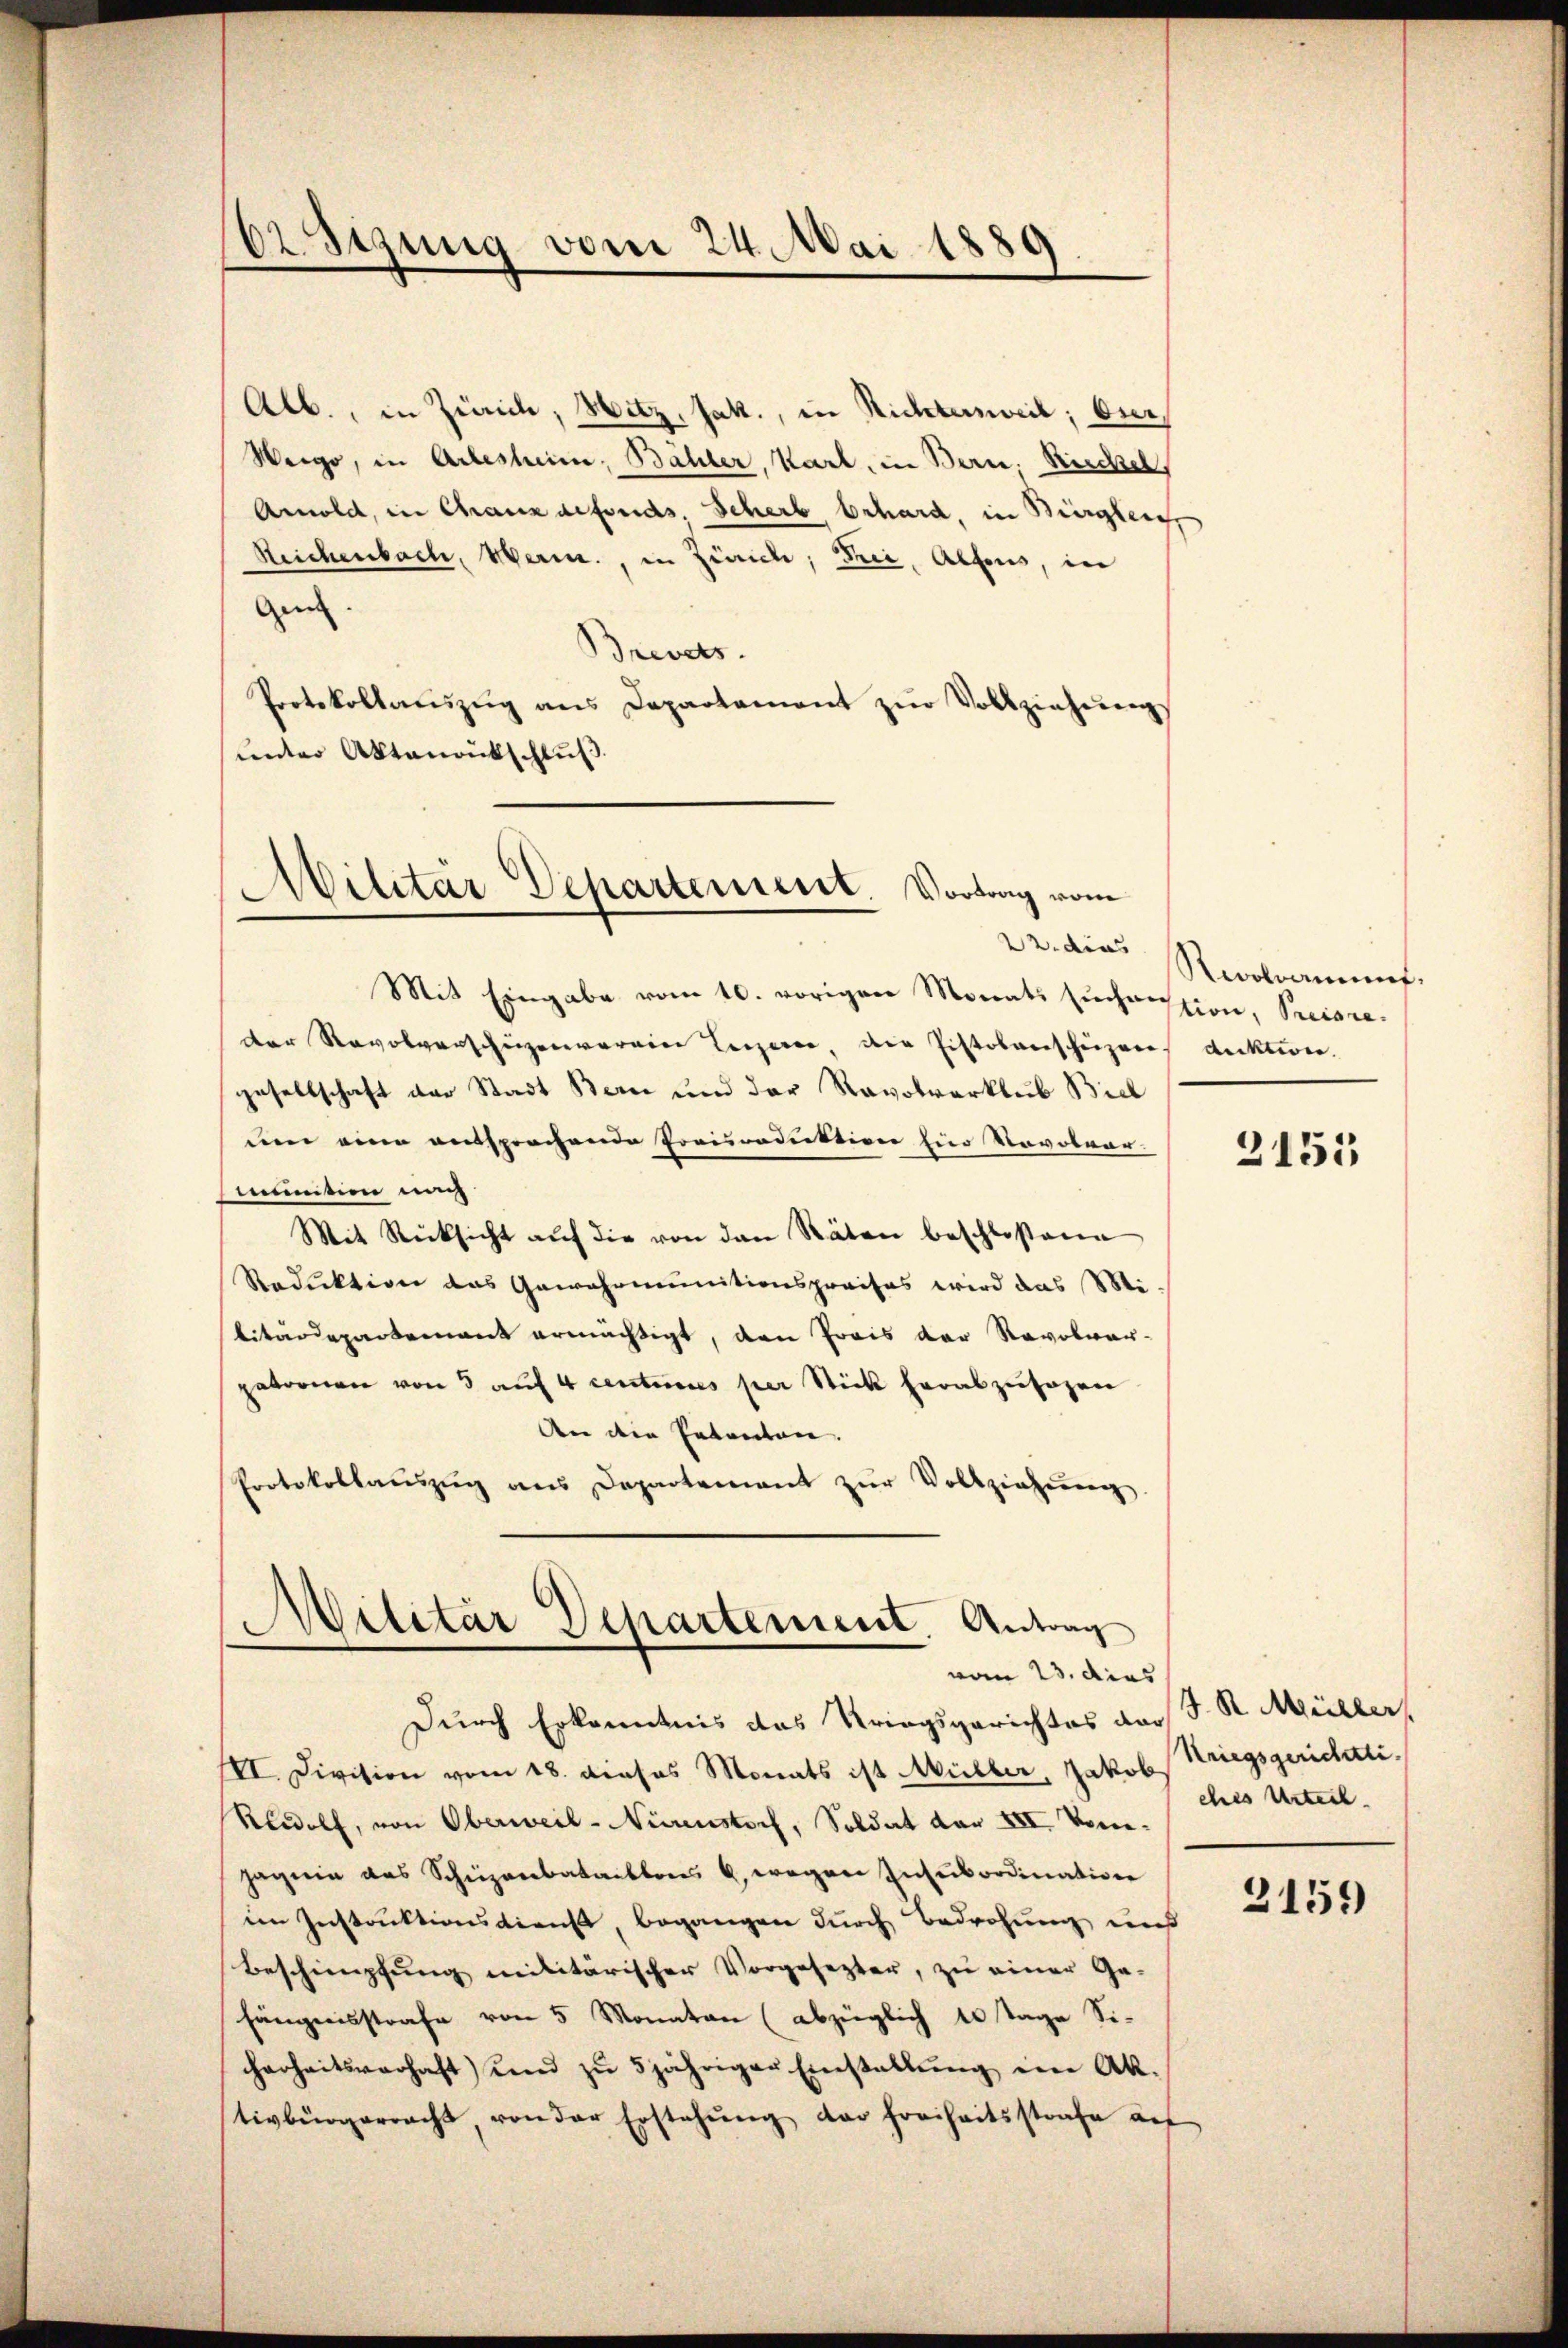
orschung vom 24. Mai 1889

Alb., in Zürich, Witz, Jak., in Richtersweil; Oser,
Weige, in Arlesheim, Bähler, Karl, in Bern, Riechel,
Amold, in Chaux defonds, Scherb behard, in Bürgler,
Reichenbach, Marin, in Zürich, Frei, Alfons, in
Gen. |
Brevets.
Protokollaŭszŭg ans Departement zŭr Vollziehŭng
unter Aktenantschluß

Militär Departement. Vortrag vom
22. dies

Mit Eingabe vom 10. vorigen Monats Euchoission, Preisre
der Revolverschüzenverein Leigeren, der Pistoberscheizer
gesellschaft der Stadt Bern und der Revolverklub Biel
uen eine entsprochende Proceduktion für Novolver-
mmition nich
Mit Rücksicht aŭf die von den Räten beschloßene
Reduktion das Gewohomunitionspraises wird das Mi-
litärdepartement ermächtigt, den Preis der Revolver-
patorien von 3 auf 4 centinues per Stick herabzusagen
An die Petenten.
Protokollaŭszŭg ans Departement zŭr Vollziehung

Militar Departement. Antrag
vom 23. dies

Durch Erkenntnis das Kriegsgerichtes der S. R. Müller
VI. Division vom 18. dieses Monats ist Müller, Jakob Striegsgerichtti.
Rolf, von Oberweil- Nürenstorf, Soldat der XII. Von-
Hagnie das Schüzenbataillons u. wegen Insubordination
im Instruktionsdiens, begangen durch Bedrohung muß
Beschimpfung militärischer Vorgesezter, zu einer Ge-
hängensstrafe von 5 Monaten (abzüglich 10 Tage Si-
cherheitsverhaft und zŭ 5 jähriger Einstallŭng im Ak.
tivbürgerracht, von der Erstehŭng der Freiheitsstrafe auf

Reclament.
duktion.

2155

ches Urteil.

2159